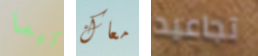
تيسا معاك تجاعيد